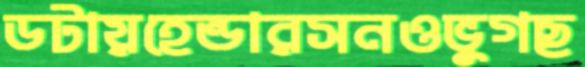
ডটায়হেন্ডারসনওভুগছ